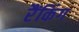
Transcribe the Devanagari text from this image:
रैंकिंग